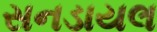
સનડાયલ